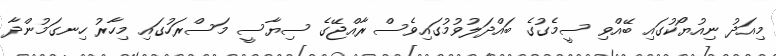
މިއަދު ނިއުޔޯކުގައި ބޭއްވި ސީމެގުގެ ބައްދަލުވުމުގައިވެސް ރާއްޖޭގެ ސިޔާސީ މަސްރަހުގައި މިހާރު ހިނގަމުންދާ